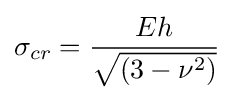
\sigma _{cr}={\frac {Eh}{\sqrt {(3-\nu ^{2})}}}